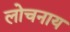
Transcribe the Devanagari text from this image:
लोचनाय